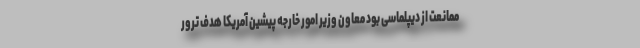
ممانعت از دیپلماسی بود معاون وزیر امور خارجه پیشین آمریکا هدف ترور